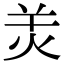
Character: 𤇇